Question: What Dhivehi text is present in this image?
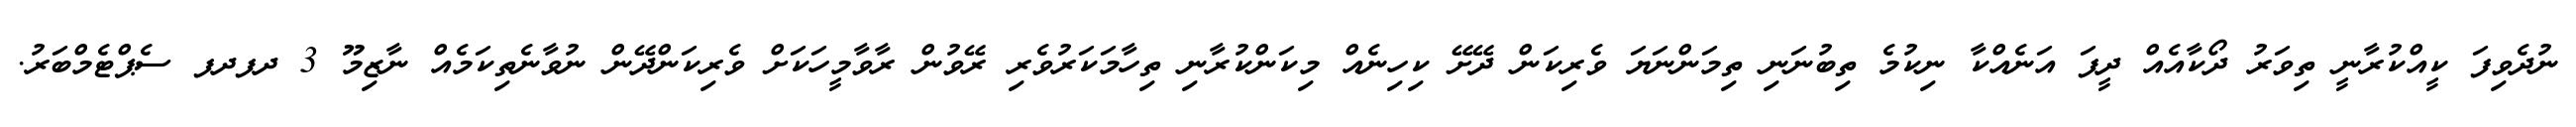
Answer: ނުދެވިފަ ކީއްކުރާނީ ތިވަރު ދޯކާއެއް ދީފަ އަނެއްކާ ނިކުމެ ތިބުނަނި ތިމަންނަޔަ ވެރިކަން ދޭށޭ ކިހިނެއް މިކަންކުރާނި ތިހާމަކަރުވެރި ރޭވުން ރާވާމީހަކަށް ވެރިކަންދޭން ނުވާނެތިކަމެއް ނާޒިމޫ 3 ދފދފ ސެޕްޓެމްބަރު.